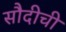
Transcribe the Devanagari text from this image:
सौदीची